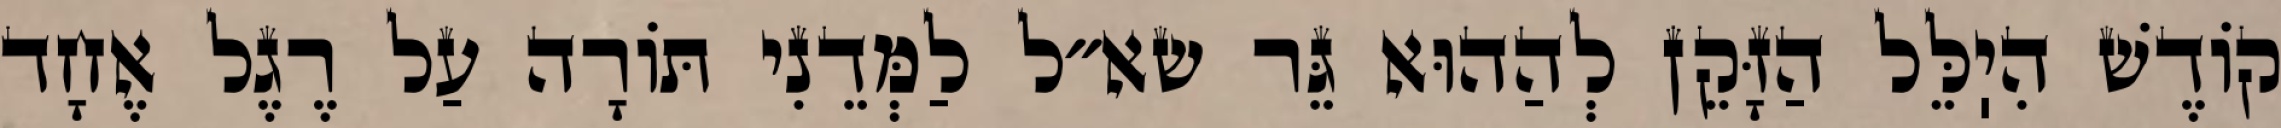
קוֹדֶשׁ הִיֽלֵּל הַזָּקֵן לְהַהוּא גֵּר שא״ל לַמְּדֵנִי תּוֹרָה עַל רֶגֶל אֶחָד